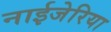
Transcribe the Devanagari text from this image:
नाईजेरिया